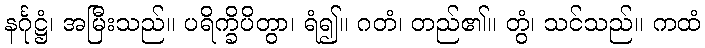
နင်္ဂုဋ္ဌံ၊ အမြီးသည်။ ပရိက္ခိပိတွာ၊ ရံ၍။ ဂတံ၊ တည်၏။ တွံ၊ သင်သည်။ ကထံ